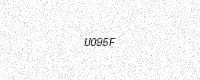
Text: U095F